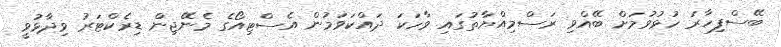
ބޭސްފިހާރަ ހުޅުވުމަށް ބޭއްވި ރަސްމިއްޔާތުގައި ވާހަކަ ދައްކަވަމުން އެސްޓިއޯގެ މެނޭޖިން ޑިރެކްޓަރު ވިދާޅުވީ